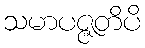
သမာပဇ္ဇတိပိ